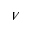
V